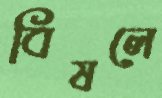
বিষলে